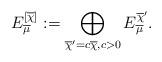
LaTeX: \begin{align*}E^{[\overline{\chi}]}_{\overline{\mu}} := \bigoplus_{\overline{\chi}' = c \overline{\chi}, c >0} E^{\overline{\chi}'}_{\overline{\mu}}.\end{align*}